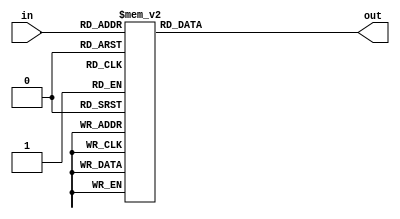
`timescale 1ns / 1ps
//////////////////////////////////////////////////////////////////////////////////
// Company: 
// Engineer: 
// 
// Design Name: 
// Module Name:    add3 
// Project Name: 
// Target Devices: 
// Tool versions: 
// Description: 
//
// Dependencies: 
//
// Revision: 
// Revision 0.01 - File Created
// Additional Comments: 
//
//////////////////////////////////////////////////////////////////////////////////
module add3(in,out);
input [3:0] in;
output [3:0] out;
reg [3:0] out;
always @ (in)
case (in)
4'b0000: out <= 4'b0000;
4'b0001: out <= 4'b0001;
4'b0010: out <= 4'b0010;
4'b0011: out <= 4'b0011;
4'b0100: out <= 4'b0100;
4'b0101: out <= 4'b1000;
4'b0110: out <= 4'b1001;
4'b0111: out <= 4'b1010;
4'b1000: out <= 4'b1011;
4'b1001: out <= 4'b1100;
default: out <= 4'b0000;
endcase
endmodule